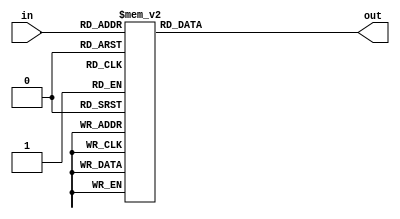
`timescale 1ns / 1ps
//////////////////////////////////////////////////////////////////////////////////
// Company: 
// Engineer: 
// 
// Design Name: 
// Module Name:    add3 
// Project Name: 
// Target Devices: 
// Tool versions: 
// Description: 
//
// Dependencies: 
//
// Revision: 
// Revision 0.01 - File Created
// Additional Comments: 
//
//////////////////////////////////////////////////////////////////////////////////
module add3(in,out);
input [3:0] in;
output [3:0] out;
reg [3:0] out;
always @ (in)
case (in)
4'b0000: out <= 4'b0000;
4'b0001: out <= 4'b0001;
4'b0010: out <= 4'b0010;
4'b0011: out <= 4'b0011;
4'b0100: out <= 4'b0100;
4'b0101: out <= 4'b1000;
4'b0110: out <= 4'b1001;
4'b0111: out <= 4'b1010;
4'b1000: out <= 4'b1011;
4'b1001: out <= 4'b1100;
default: out <= 4'b0000;
endcase
endmodule